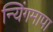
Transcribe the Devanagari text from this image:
न्यिंगमापा